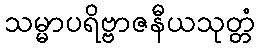
သမ္မာပရိဗ္ဗာဇနီယသုတ္တံ